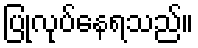
ပြုလုပ်နေရသည်။